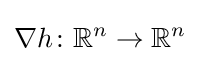
\nabla h\colon \mathbb {R} ^{n}\to \mathbb {R} ^{n}